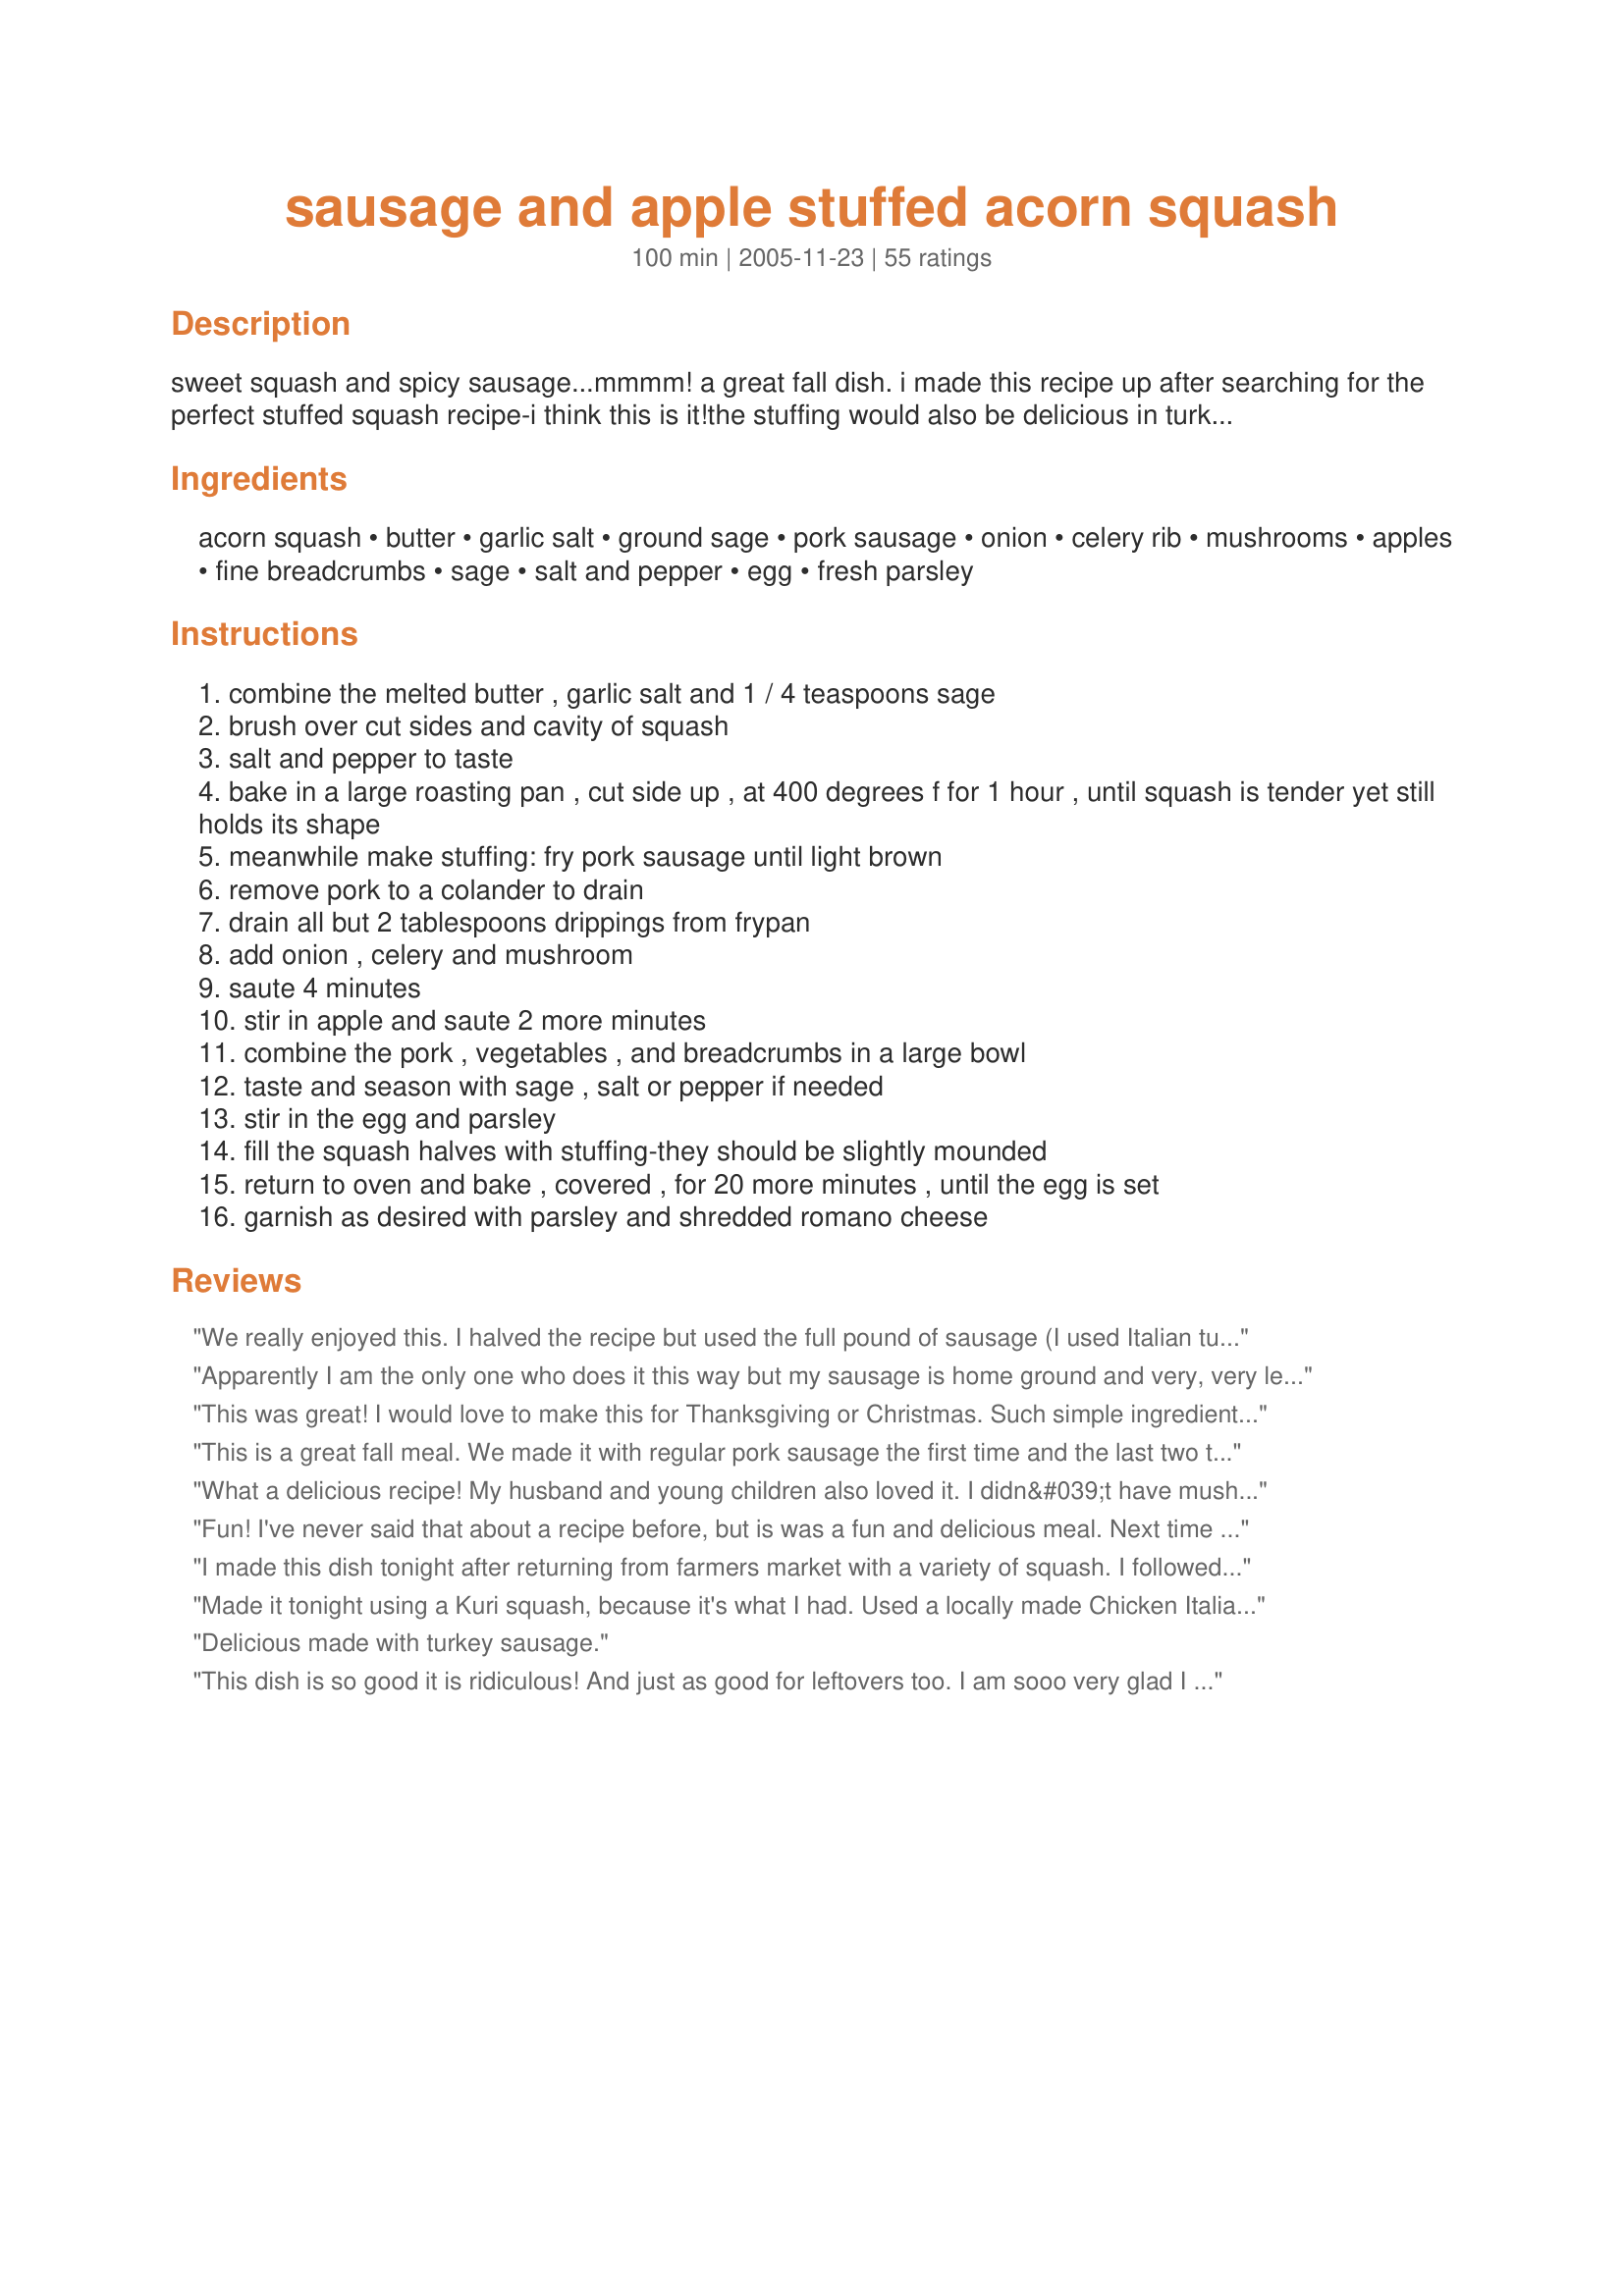
sausage and apple stuffed acorn squash
Preparation time: 100 minutes

sweet squash and spicy sausage...mmmm! a great fall dish. i made this recipe up after searching for the perfect stuffed squash recipe-i think this is it!the stuffing would also be delicious in turkey or chicken. the squash can be cooked ahead of time-you may need to bake longer after stuffing.

Ingredients:
acorn squash, butter, garlic salt, ground sage, pork sausage, onion, celery rib, mushrooms, apples, fine breadcrumbs, sage, salt and pepper, egg, fresh parsley

Steps:
combine the melted butter , garlic salt and 1 / 4 teaspoons sage
brush over cut sides and cavity of squash
salt and pepper to taste
bake in a large roasting pan , cut side up , at 400 degrees f for 1 hour , until squash is tender yet still holds its shape
meanwhile make stuffing: fry pork sausage until light brown
remove pork to a colander to drain
drain all but 2 tablespoons drippings from frypan
add onion , celery and mushroom
saute 4 minutes
stir in apple and saute 2 more minutes
combine the pork , vegetables , and breadcrumbs in a large bowl
taste and season with sage , salt or pepper if needed
stir in the egg and parsley
fill the squash halves with stuffing-they should be slightly mounded
return to oven and bake , covered , for 20 more minutes , until the egg is set
garnish as desired with parsley and shredded romano cheese

Reviews:
We really enjoyed this. I halved the recipe but used the full pound of sausage (I used Italian turkey sausage) Instead of acorn squash I used an ambercup. Great autumn treat.
Apparently I am the only one who does it this way but my sausage is home ground and very, very lean! I just mix up all the stuffing without any sauteing or browning and mound it in the cut squash. It bakes in about an hour and the juices bake right into the squash.
This was great! I would love to make this for Thanksgiving or Christmas. Such simple ingredients but tasted (and looked) like it came from a fancy restaurant! Definitely will make again.
This is a great fall meal. We made it with regular pork sausage the first time and the last two times, we've used chicken apple sausage and really liked the combo with the apples already in the mix.
What a delicious recipe! My husband and young children also loved it. I didn&#039;t have mushrooms, but I added zucchini and minced fresh garlic. I will definitely be making this again!
Fun! I've never said that about a recipe before, but is was a fun and delicious meal. Next time I might try turkey sausage to keep the calories down. Well done Kaarin
I made this dish tonight after returning from farmers market with a variety of squash. I followed the base of this recipe substituting out the sausage for veggie sausage and then i replace the bread crumbs with cooked quinoa. I felt an egg would weigh down the fluffiness of the quinoa so i left that out. This was SOOO good. I was hesitant on using too much apple so i only used one small one. It was fine but could of used a second apple. Luckily for me, i had a jar of homemade applesauce and paired it on the side. Perfect
Made it tonight using a Kuri squash, because it's what I had. Used a locally made Chicken Italian sausage, skipped the garlic and mushrooms and used apple, celery, onion, chopped pecans and dried cherries, and crushed herb Pepperidge bread stuffing mix for the crumbs. Also poked holes in the squash and used the butter, brown sugar, molasses another reviewer mentioned. Clearly this is a recipe that is very forgiving, --so easy to make it the way you want it. It was fabulous and not a lot of work. And, you can make it ahead, baking the squash and mixing the stuffing, then fill the squash when ready and bake for 30 minutes (longer if ingredients are cold). Definitely going into our winter rotation. Thanks Kaarin and reviewers whose ideas I stole!
Delicious made with turkey sausage.
This dish is so good it is ridiculous! And just as good for leftovers too. I am sooo very glad I stumbled upon it. Thank you for posting! UPDATE - Instead of pork sausage I used Recipe #100408 instead and topped it with a round slice of provolone. Healthier and just as tasty!!
Delicious recipe! I too made a few substitutions (I used cranberry turkey sausage to add some more of the &quot;fall&quot; flavor) and used honeycrisp apples instead of macintosh. So good!! The stuffing was a little dry, but I think that&#039;s because turkey sausage doesn&#039;t give much in the way of drippings. When mixed with the acorn squash it wasn&#039;t an issue though. I used the extra stuffing to make tiny meatloaf cupcakes. Thanks for the recipe!
Thanks Kaarin! just finished it for dinner!! Very yummy! I pre-cooked the squash in the morning and flipped them upside down until 5 when I prepped the rest. I had organic ground pork, so there wasn't a need to drain the pork - not a lot of drippings. Used some basil in the stuffing as well! Will make again! Suzanne
We thought this was recipe was really good. Total comfort food for a cold, rainy night. I used Italian sausage and followed the recipe all the way. I think next time I'll add some dried cranberries and pecans. Thanks for posting this delicious Fall recipe.
Absolutely delicious! Wonderful combination of flavors.
I made this for dinner tonight using veggie sausage, fresh sage and Parmesan cheese because that is what I had on hand. It ended up being just DH for dinner so I oly used one acorn squash. Instead of stuffing the squash I scooped it out and added it to the stuffing mixture before putting it all in an 8&quot; square baking dish. I covered it with foil and baked for twenty minutes. We both really enjoyed this.
When I told DH we were having stuffed squash for dinner, it was all he could do not to order pizza. However, he ended up eating half of it! Even my finicky 2 year old loved it, although my notional 5 year old was less enthusiastic. It did take a while to do all the chopping (I did it by hand) but the recipe was very, very easy otherwise and well worth they time.
This was great--even with the changes I had to make! I needed to use pantry ingredients, and so had no sausage, no onion, no celery, no mushroom... So I used ground beef with breakfast sausage spices (Recipe #214213) and dried cherries and raisins instead of the apple, with onion powder and celery seed. I think it would be even better as written! Definitely a keeper! Thanks! Update: I made this again, as written (except for the mushrooms) and it was fantastic!!!! Definitely 5 stars!
I made this for dinner tonight and it was delicious. I followed the recipe with only one exception - I used fresh sage since I did not have dried. We thought it was a fantastic blend of flavors. This was the best acorn squash recipe I have ever made and will definitely be making this again. Thank you
Filling and delicious. We baked the seeds for a healthy treat tomorrow too.
Absolutely fantastic! I made this gltuen/dairy free by using Smart Balance in place of the butter and made bread crumbs out of a toasted gluten free roll. It was absolutely delicious. I will most definitely be making this again. Thanks for sharing!
This recipe is a winner! I'm notorious for changing things up a bit, so instead of parsley I added some rosemary and thyme. I also added some slivered almonds that I had leftover from another recipe, which added a nice extra layer of texture, and put some swiss cheese on top. Worked so well with this recipe! Thank you, I will definitely be making this again!
I thought this was just wonderful. Instead of the sage and garlic salt I coated the raw squash with a little butter, molasses and brown sugar after poking lots of hole in the squash so the flavor would soak in. It gave the dish a sweet rich flavor.
This is a really great and filling recipe. Only problem I had was that I had way more stuffing than I could fit in my squash so I think next time I would only make half of the stuffing or else fill more squash
As a tradition, my family votes on for the best dish on the Thanksgiving table. This came is second. This is a wonderful way to serve acorn squash.
I made this the other night for dinner and omg this is delicious. The sage butter brushed on the squash add so much to the dish. My kids weren&#039;t sure about it at first, but warmed up to it in the end. The sausage mixture is so good. Thank you for sharing this recipe with us, its so good.
I followed the recipe as close as possible. Use gala apples. I might try to take the squash out of the shell after it is cooked, put it in a dish, then put the stuffing over it and put it back in the oven so it would be less messy.
Yum! I veganized it by using Gimme Lean Sausage & egg replacer. Very yummy and healthy!
This came out great! I used chicken sausage instead (a mix of sweet blueberry and garlic and herb). Omitted the mushrooms since the DH is not a fan, and used farro instead of the breadcrumbs (very happy I did this, it added great texture). Topped with a little grated sharp white cheddar and served with crusty garlic bread. This was a hit! Now that I've made it, I will change the following next time: 1) use chorizo or hot sausage -- a little spice would bring this to another level, 2) increase the apple amount -- i was scared it would be too sweet, so I was conservative with the apples but I shouldn't have been. The sweetness is definitely needed to offset the plain flavor of the squash, 3) add some fresh thyme/rosemary and a little nutmeg, and maybe even throw in some dried cranberries for extra &quot;oomph&quot;. Can't wait to try it again with these changes!
Loved this! Let's see... I cut out the celery (because I didn't have any and don't really prefer that taste), used crushed croutons instead of breadcrumbs (had no bread) and decreased the whole recipe to make just one squash. The flavor of the mushrooms sinking into the squash, mmmmmm.... So good!!
I really enjoyed this fall recipe. Like others, I baked the squash 40 minutes, then the final 20 minutes with stuffing. I added carrots, but beyond that stuck to the recipe. My husband added sirracha ketchup because his taste buds are fried, but I thought it had a great sweet flavor as is. Great dish to mix up the regular routine in our house.
I absolutely loved this! Half of my family loved it and half didn't like it at all. Kids! My boys didn't care for it at all but what do they know? My 4 yr old daughter cleaned her plate. This was awesome! Thanks!
Made this and it was delicious!! Was a huge hit with my husband as well. I used seasoned panko crumbs and it added a really nice flavor! Also added some kale in for a bit of extra greens!
We enjoyed this dish very much. We thought the stuffing was excellent, though maybe not as ideal of a pairing with acorn squash. We plan to use the stuffing with either chicken or duck because I think it would be a very nice compliment. Thanks for an enjoyable dinner.
Wonderful recipe. I used half spicy and half regular Italian sausage, which adds a nice kick to the dish. I also added water to my dish when baking the squash. This cut down on the initial cooking time and kept the squash quite moist.
Made this last night and both my husband and I thought that the flavors were absolutely wonderful. The sausage paired with the apple and herbs blended really well and made for a filling and tasty main dish. I did change it a bit from the main recipe to give a little bit more flavor, instead of parsley we used fresh rosemary and thyme from our garden. I also added chopped carrot to the vegetables which gave it nice texture and flavor. I also only cooked the acorn squash for 45 minutes the first time and a full 20 minutes the last time with the stuffing. The squash was perfectly done- not overcooked. The only thing that we might change is that it was not as moist as we would like (we like our stuffing more dense and moist than dry) but other than that, a wonderful recipe!
Really nice, balanced recipe - subtly sweet, reflecting nicely the squash. We used some fantastic, spicy farmer's market chorizo, farro (soaked, not cooked) in place of the bread crumbs, and a duck egg instead of a chicken egg. The chorizo probably made the dish and the farro was a sweet/nutty/chewy addition (wild rice would also make a nice substitution). Without the chorizo it might have been under-spiced. We were able to stuff three squash with the filling we made.
This recipe is absolutely delicious and filling. I used spicey chicken sausage in place of pork, and quinoa instead of bread crumbs, just to make it a bit healthier. I will be making this again!
I love roasted acorn squash as a side dish, and this is a really good way to do it as a main course. I used maple flavored sausage and all the flavors went together wonderfully.
I made this for tonight's dinner and it was delicious! I used hot Italian sausage, fresh sage and made my own bread crumbs, leaving them a little more like actual stuffing. This dinner was fantastic for this time of year and since it's raining outside, it seemed like the perfect comfort food.
Very good. I used chicken sausage with apple. Good and filling, I think you could probably experiment and find other seasoned sausages that would work with this.
Made this for thanksgiving, it looks great on the table and it's delicious too.
Used ground beef instead of pork. Macintosh apples were not at my store so used Granny Smith. Spiced it up with oregano, red pepper, garlic and cayenne. Salt and pepper of course. Then thought it needed a little more sweetness so added a little brown sugar. Was absolutely delisous. Don’t be afraid to alter the basic recipe to your taste. I’ll. Make it again for company. Oh I also topped it with a little Ragu more for presentation than anything else but it added just the right flavor to the dish.
My dad is overflowing with vegetables this year because of the warm fall, so he convinced me to take a couple of acorn squash home with me. I am so glad that I did and that I decided to try out this recipe! mmmmm was it delicious! The apples, sausage, and squash go so well together. The only modifications that I made were using 1/2 lb turkey sausage and bread cubes rather than 1 lb pork sausage and bread crumbs. Oh, and I didn't have quite a cup of bread cubes, so I actually used some crumbled ramen noodles. It gave the stuffing a little crunch. This recipe is a keeper! Thanks Kaarin!
Made this tonight, it smells as good as it looks!! There are going to be no leftovers!! :-)
I decided to try this recipe because I'd never had acorn squash before. I don't think I would like the texture of the squash by itself, but combined with the stuffing it was pretty good.
Knock your socks off good! My husband doesn't like squash, and I'm not a big fan of acorn squash, and we both thought it was terrific. Very filling, too. I especially like that unlike similar recipes, it binds with egg instead of cheese.
I added a second egg because the sausage mixture seemed a bit dry. Also left out the mushrooms. It was delicious!
These were great. I used Jimmy Dean sausage and bread cubes instead of crumbs. Made a nice main course for a Fall women's luncheon for 114. Would also be a nice addition to ghe Thanksgiving table.
Terrific recipe! I left out the mushrooms and used Italian Sweet Sausage with casings removed, but did everything else with the recipe. DEEEEEELISH! Thanks for posting!!
DH, not an avid veggie eater, scarfed this down and asked if there was more. I used turkey breakfast sausage. Simple to make, good for you and delicious...five stars from us. It might also be fun to cut the top off of the squash like a jack-o-lantern and stuff it that way. I have another stuffed acorn squash recipe that does it this way.
This is my new favorite recipe! I didn't have any sage or celery rib, and I used fresh garlic instead of garlic salt. I used chicken italian sausage. The mix of ingredients were so tasty together, and made for great leftovers. I will repeat this recipe often!
I tweaked this kind of a lot for my husband&#039;s and my tastes, and actually ended up posting my version Recipe #508813 with credit to Kaarin, of course! Thanks so much for a really amazing recipe!
I followed the recipe to the letter and it was yummy. Then I modified it and it turned out yummier. Got rid of the breadcrumbs and used olive oil versus melted butter. Made a crisscross pattern with knife on squash to allow greater penetration of the oil. Sauteed the vegetables with olive oil. Used fresh spinach and one dried fig for sweetness.
LOVED this recipe!! I did alter it a bit and it was SO delish!!! I omitted the mushrooms and instead added 1/4 c toasted chopped pecans and 1/4 c dried cranberries. I will make this dish often!!!
My husband found a sale on Squash, so I had to come up with some new ways to prepare it. This recipe is sure to be a family favorite. A very nice mix of flavors, and use other ingredients that I usually keep on hand. A winner!
